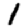
Digit: 1